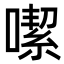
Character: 噄